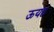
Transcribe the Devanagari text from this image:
ऊयह